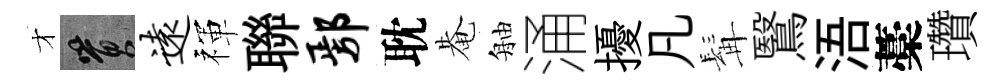
才篔远禈聯鄢耽𤲅舳涌擾凡髯鷖浯藁瓚